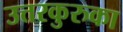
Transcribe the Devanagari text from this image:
उत्तरकुरुका